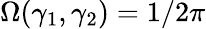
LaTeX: \Omega(\gamma_{1},\gamma_{2})=1/2\pi